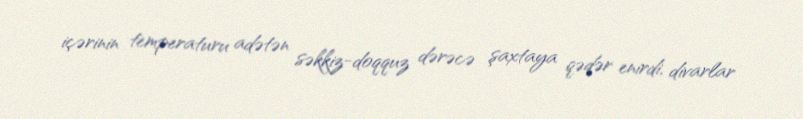
içərinin temperaturu adətən səkkiz-doqquz dərəcə şaxtaya qədər enirdi, divarlar